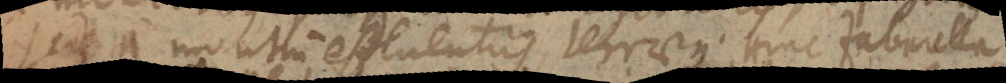
sed a montium effluentiis, terraeque. Hinc Zabarella